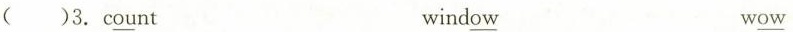
( )3.c \underline{ou}nt wind \underline{ow} w \underline{ow}